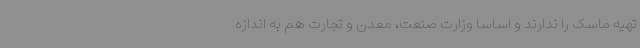
تهیه ماسک را ندارند و اساسا وزارت صنعت، معدن و تجارت هم به اندازه